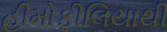
હીમોફીલિયાથી